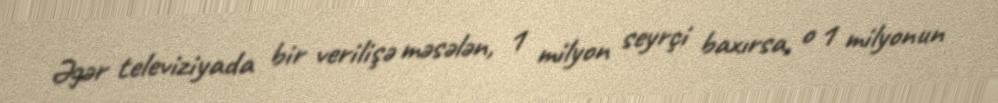
Əgər televiziyada bir verilişə məsələn, 1 milyon seyrçi baxırsa, o 1 milyonun